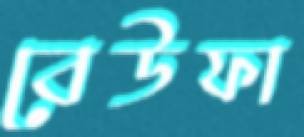
বেউফা